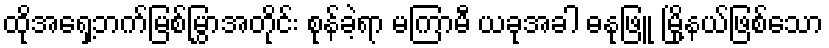
ထိုအရှေ့ဘက်မြစ်မြွှာအတိုင်း စုန်ခဲ့ရာ မကြာမီ ယခုအခါ ဓနုဖြူ မြို့နယ်ဖြစ်သော